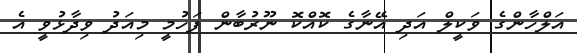
އަލްހާންގެ ވަކީލް އަދި އޭނާގެ ކޮއްކޮ ނޫރުބާން ފަހުމީ މިއަދު ވިދާޅުވީ އެ